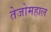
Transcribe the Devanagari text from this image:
तेजोमहाल